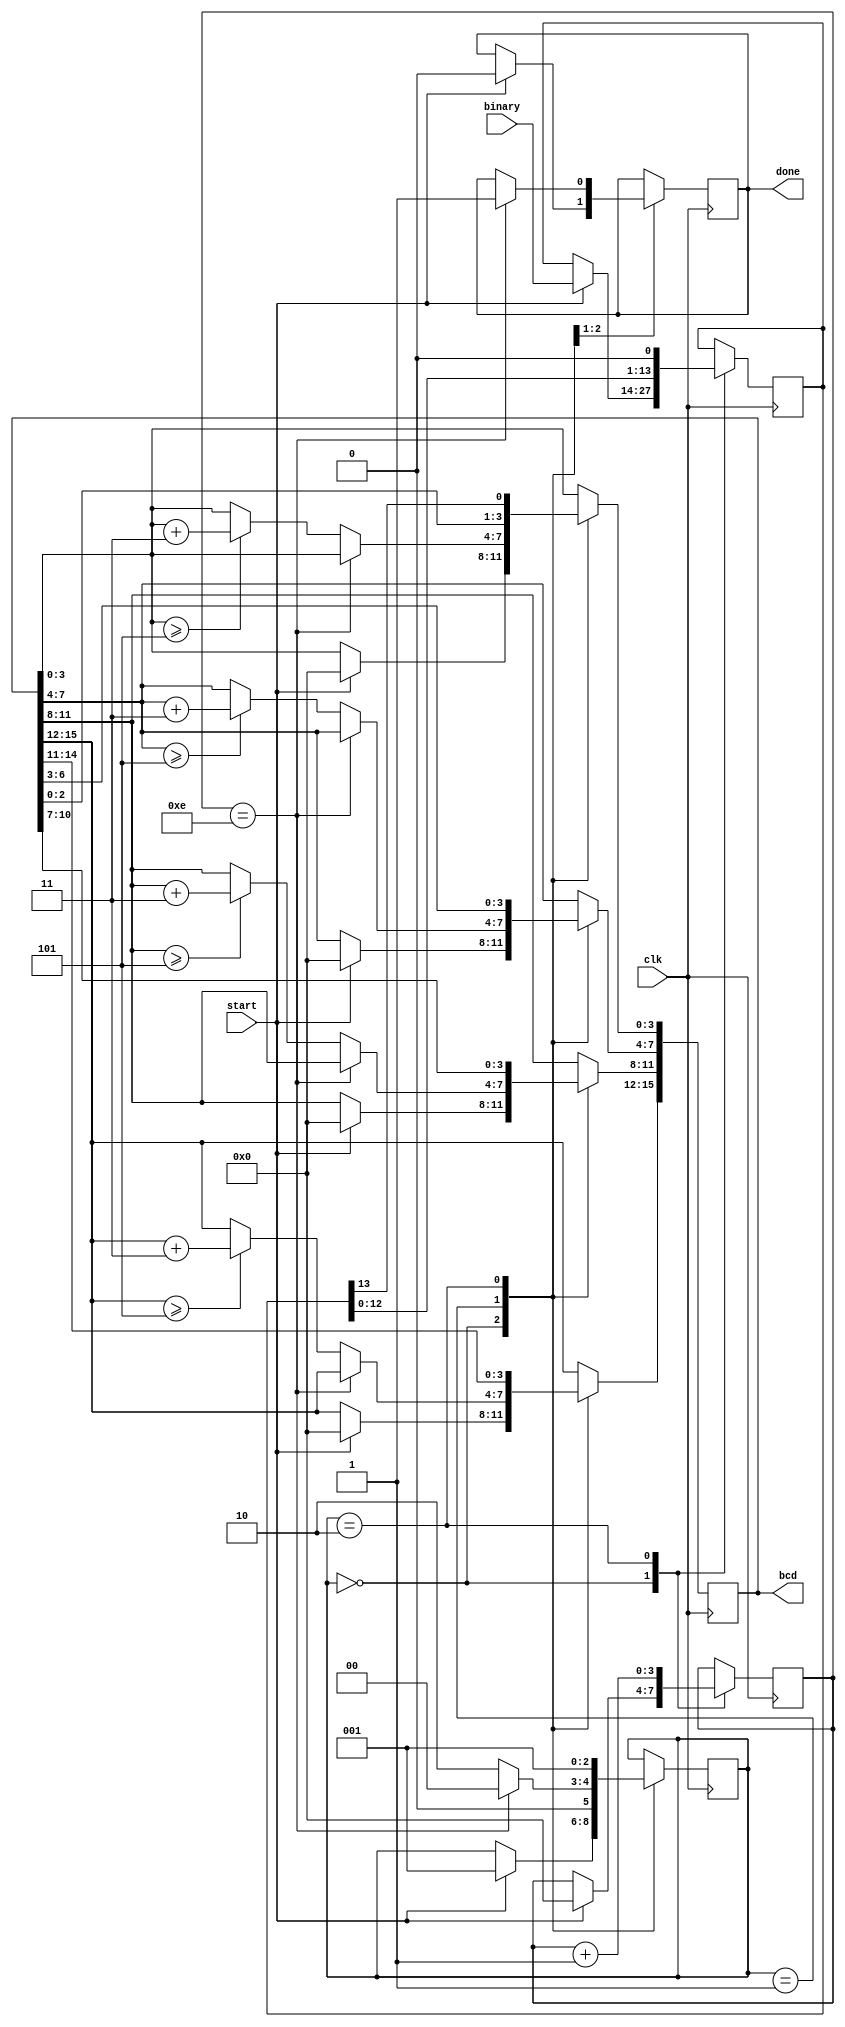
`timescale 1ns / 1ps
//////////////////////////////////////////////////////////////////////////////////
// Company: 
// Engineer: 
// 
// Design Name: 
// Module Name: binarytobcd
// Project Name: 
// Target Devices: 
// Tool Versions: 
// Description: 
// 
// Dependencies: 
// 
// Revision:
// Revision 0.01 - File Created
// Additional Comments:
// 
//////////////////////////////////////////////////////////////////////////////////


module binarytobcd( binary, start, clk, done, bcd);
    input [13:0] binary;
    input start, clk;
    output reg done;
    output reg [15:0] bcd = 0;
    reg [13:0] binary_reg = 0;
    reg [2:0] state = 0;
    reg [3:0] counter = 0;
    always @(posedge clk)
        case(state)
            2'd0: begin 
                if(start) begin
                    bcd <= 16'd0;
                    binary_reg <= binary;
                    counter <= 0;
                    done <= 0;
                    state <= 2'd1;
                end
            end
            2'd1:
                if(counter == 4'd14) begin
                    state <= 2'd0;
                    done = 1;
                end 
                else begin 
                    if (bcd[3:0] >= 5) bcd[3:0] <= bcd[3:0] + 3;   
                    if (bcd[7:4] >= 5) bcd[7:4] <= bcd[7:4] + 3;
                    if (bcd[11:8] >= 5) bcd[11:8] <= bcd[11:8] + 3;
                    if (bcd[15:12] >= 5) bcd[15:12] <= bcd[15:12] + 3;  
                    state <= 2'd2;
                end     
            2'd2: begin                
                bcd <= {bcd[14:0], binary_reg[13]};
                binary_reg <= binary_reg << 1;
                counter <= counter + 1;
                state <= 2'd1;
            end 
       endcase 
                                
endmodule